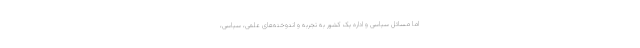
اما مسائل سیاسی و اداره یک کشور به تجربه و اندوخته‌های علمی، سیاسی،